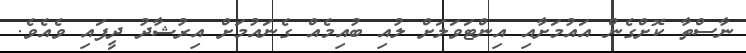
ނާސްތާ ކޮށްގެން އައުމަށާއި އިންޓަވަލަށް ލުއި ބުއިމެއް ގެނައުމަށް އިރުޝާދު ދީފައި ވެއެވެ.